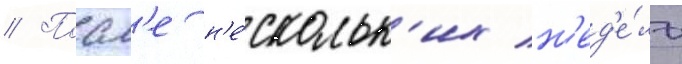
// Посл'е н'е́скольк'их н'ед'е́ль